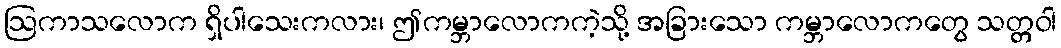
ဩကာသလောက ရှိပါသေးကလား၊ ဤကမ္ဘာလောကကဲ့သို့ အခြားသော ကမ္ဘာလောကတွေ သတ္တဝါ